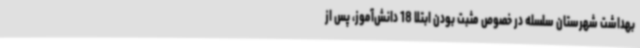
بهداشت شهرستان سلسله در خصوص مثبت بودن ابتلا 18 دانش‌آموز، پس از